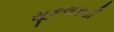
સૂકલકડી